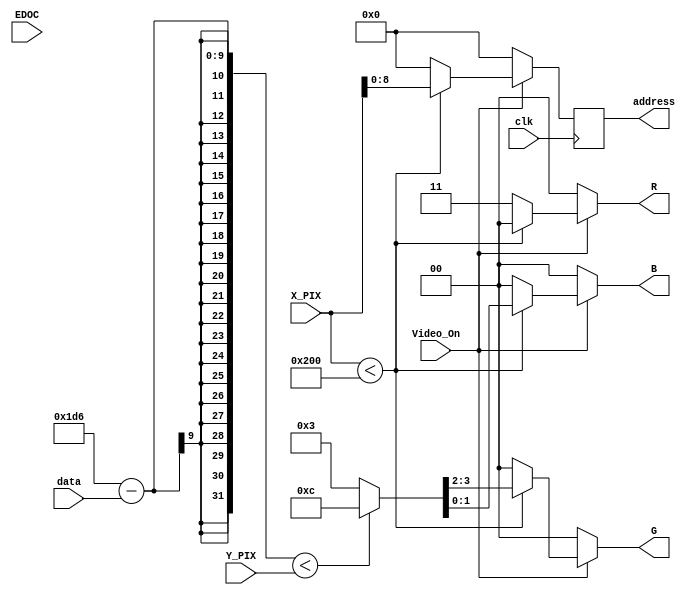
`timescale 1ns / 1ps
//////////////////////////////////////////////////////////////////////////////////
// Company: 
// Engineer: 
// 
// Design Name: 
// Module Name:    Pixel_Generator 
// Project Name: 
// Target Devices: 
// Tool versions: 
// Description: 
//
// Dependencies: 
//
// Revision: 
// Revision 0.01 - File Created
// Additional Comments: 
//
//////////////////////////////////////////////////////////////////////////////////
module Pixel_Generator(
    input EDOC,
	 input [7:0] data,
	 input [0:9] X_PIX,
	 input [0:9] Y_PIX,
    input Video_On,
    input clk,
	 output reg [8:0] address,
    output reg [1:0] R,
    output reg [1:0] G,
    output reg [1:0] B
    );
	 
	 parameter black = 6'b000000 , red = 6'b110000 , green = 6'b001100 , blue = 6'b000011;
	 
	 //assign {R , G , B} = (Video_On)?((((X_PIX - 320)*(X_PIX - 320))+((Y_PIX - 240)*(Y_PIX - 240)) > 10000)?(6'b010101):(6'b110000)):(6'b000000);
	 
	 always@(*)begin
		if(Video_On)begin
			if(X_PIX < 512)begin
				if((470 - data)< Y_PIX)begin
					{R , G , B} = green;
				end
				else begin 
					{R , G , B} = blue;
				end
			end
			else begin
				{R , G , B} = red;
			end
		end
		else begin
			{R , G , B} = black;
		end
	 end
	 
	 //assign {R , G , B} = (Video_On)?((X_PIX < 513)?(((480 - data) < Y_PIX)?(6'b001100):(6'b000011)):(6'b110000)):(6'b000000);
	 
	 always@(posedge clk)begin
		if(Video_On)begin
			if(X_PIX < 512)begin
				address = X_PIX;
			end
			else begin
				address = 0;
			end
		end
		else begin
			address = 0;
		end
	 end
	 
	 //assign address = (Video_On)?((X_PIX < 512)?(X_PIX):(0)):(0);
	 
endmodule